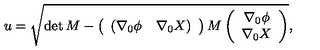
u = \sqrt { \det { M } - \left( \begin{array} { c c } { ( \nabla _ { 0 } \phi } & { \nabla _ { 0 } X ) } \\ \end{array} \right) M \left( \begin{array} { c } { \nabla _ { 0 } \phi } \\ { \nabla _ { 0 } X } \\ \end{array} \right) } ,